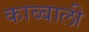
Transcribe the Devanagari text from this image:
काब्बाली